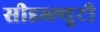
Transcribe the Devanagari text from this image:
सीडब्ल्युटी